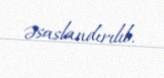
əsaslandırılıb.